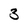
Character: 3